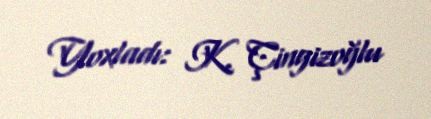
Yoxladı: K. Çingizoğlu